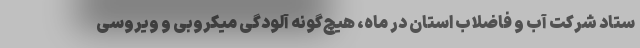
ستاد شرکت آب و فاضلاب استان در ماه، هیچ‌گونه آلودگی میکروبی و ویروسی